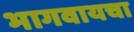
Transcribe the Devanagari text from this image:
भागवायचा